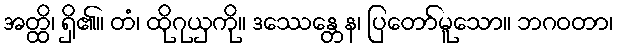
အတ္ထိ၊ ရှိ၏။ တံ၊ ထိုဂုယှကို။ ဒဿေန္တေန၊ ပြတော်မူသော။ ဘဂဝတာ၊